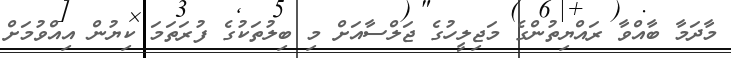
މާދަމާ ބާއްވާ ރައްޔިތުންގެ މަޖިލީހުގެ ޖަލްސާއަށް މި ބިލުތަކުގެ ފުރަތަމަ ކިޔުން އިއްވުމަށް